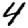
Digit: 4